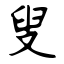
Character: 叟